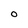
Character: O